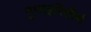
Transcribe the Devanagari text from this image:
गुप्तहरितीर्थ